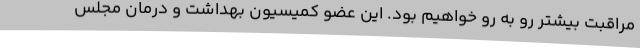
مراقبت بیشتر رو به رو خواهیم بود. این عضو کمیسیون بهداشت و درمان مجلس